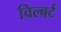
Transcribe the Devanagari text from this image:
विल्बर्ट